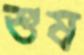
শুষ